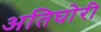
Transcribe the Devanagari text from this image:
अतिघोरी